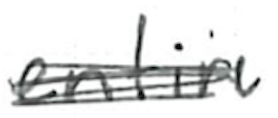
Text: entire
Cross-out: scratch
Writing tool: ballpoint